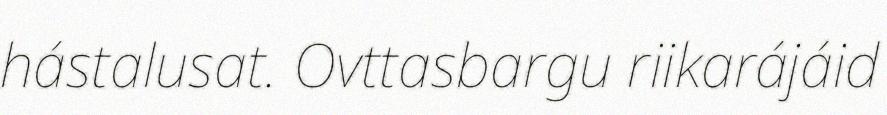
hástalusat. Ovttasbargu riikarájáid